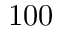
1 0 0